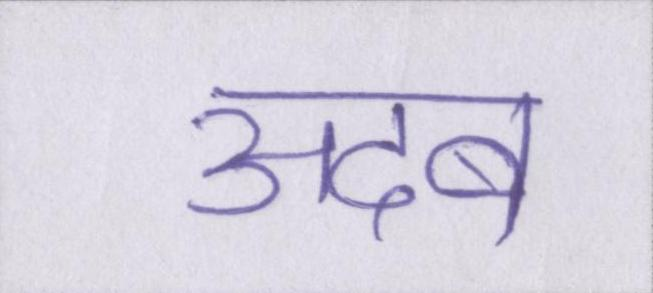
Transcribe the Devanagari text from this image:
अदब